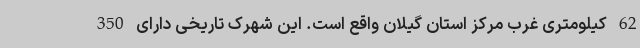
62 کیلومتری غرب مرکز استان گیلان واقع است. این شهرک تاریخی دارای 350